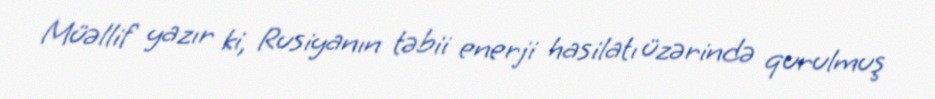
Müəllif yazır ki, Rusiyanın təbii enerji hasilatı üzərində qurulmuş